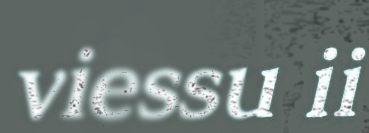
viessu ii